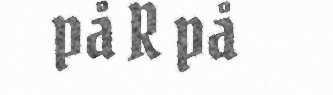
på R på